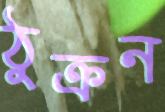
ঠুক্‌রন